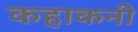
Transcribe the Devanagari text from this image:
कहाकनी